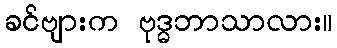
ခင်ဗျားက ဗုဒ္ဓဘာသာလား။